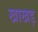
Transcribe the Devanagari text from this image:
खाखड़